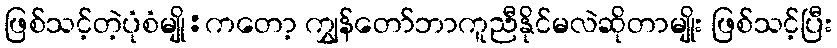
ဖြစ်သင့်တဲ့ပုံစံမျို:ကတော့ ကျွှန်တော်ဘာကူညီနိုင်မလဲဆိုတာမျိုး ဖြစ်သင့်ပြီး